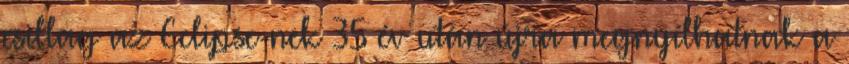
csillag az Eclipse-nek 35 év után újra megnyílhatnak a